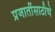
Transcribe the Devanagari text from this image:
प्रजातींसाठीचे